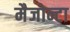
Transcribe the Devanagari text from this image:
मैजोन्टा